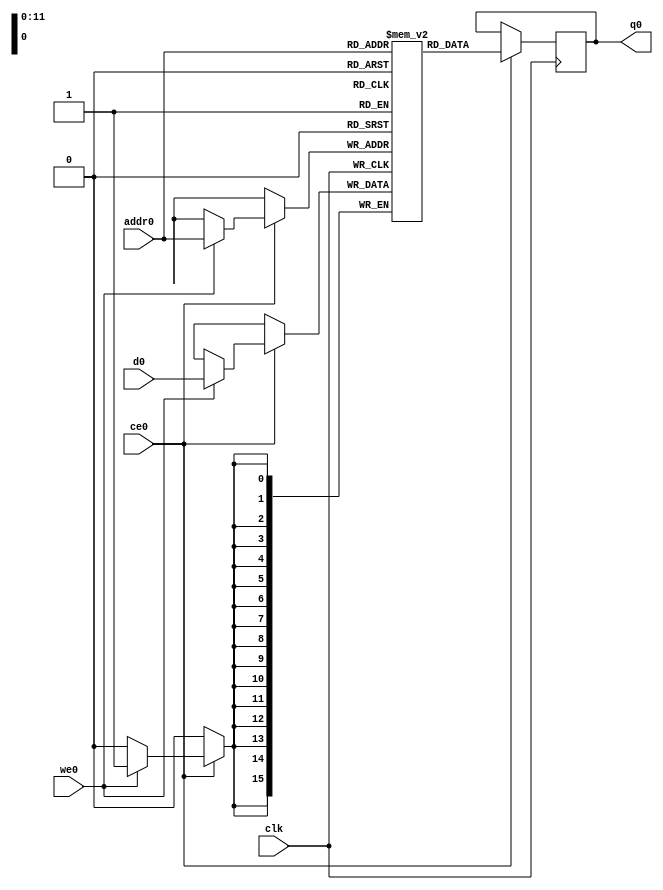
// ==============================================================
// Vivado(TM) HLS - High-Level Synthesis from C, C++ and SystemC v2019.1 (64-bit)
// Copyright 1986-2019 Xilinx, Inc. All Rights Reserved.
// ==============================================================
`timescale 1 ns / 1 ps
module forward_pass_conv1_ram (addr0, ce0, d0, we0, q0,  clk);

parameter DWIDTH = 16;
parameter AWIDTH = 12;
parameter MEM_SIZE = 2704;

input[AWIDTH-1:0] addr0;
input ce0;
input[DWIDTH-1:0] d0;
input we0;
output reg[DWIDTH-1:0] q0;
input clk;

(* ram_style = "block" *)reg [DWIDTH-1:0] ram[0:MEM_SIZE-1];




always @(posedge clk)  
begin 
    if (ce0) 
    begin
        if (we0) 
        begin 
            ram[addr0] <= d0; 
        end 
        q0 <= ram[addr0];
    end
end


endmodule

`timescale 1 ns / 1 ps
module forward_pass_conv1(
    reset,
    clk,
    address0,
    ce0,
    we0,
    d0,
    q0);

parameter DataWidth = 32'd16;
parameter AddressRange = 32'd2704;
parameter AddressWidth = 32'd12;
input reset;
input clk;
input[AddressWidth - 1:0] address0;
input ce0;
input we0;
input[DataWidth - 1:0] d0;
output[DataWidth - 1:0] q0;



forward_pass_conv1_ram forward_pass_conv1_ram_U(
    .clk( clk ),
    .addr0( address0 ),
    .ce0( ce0 ),
    .we0( we0 ),
    .d0( d0 ),
    .q0( q0 ));

endmodule